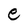
Character: e